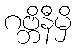
ဂဗ္ဘိနီမှိ